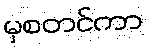
မှစတင်ကာ